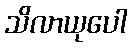
သိလာယုပေါ